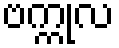
ဗက္ကုလ